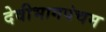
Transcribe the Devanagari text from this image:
देवीभागपंचम